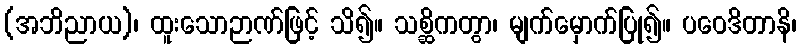
(အဘိညာယ)၊ ထူးသောဉာဏ်ဖြင့် သိ၍။ သစ္ဆိကတွာ၊ မျက်မှောက်ပြု၍။ ပဝေဒိတာနိ၊